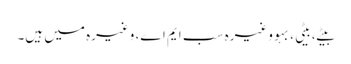
بیٹے، بیٹی، بہو وغیرہ سب ایم اے، وغیرہ میں ہیں۔